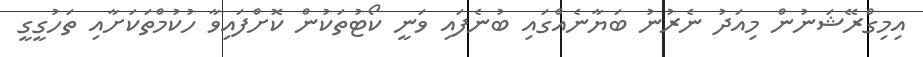
އިމިގްރޭޝަނުން މިއަދު ނެރުނު ބަޔާނެއްގައި ބުނެފައި ވަނީ ކޯޓުތަކުން ކޮށްފައިވާ ހުކުމްތަކަށާއި ތަހުގީގީ